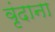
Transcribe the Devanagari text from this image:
वृंदाना